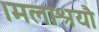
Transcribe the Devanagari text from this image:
।मलाश्रयौ